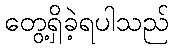
တွေ့ရှိခဲ့ရပါသည်